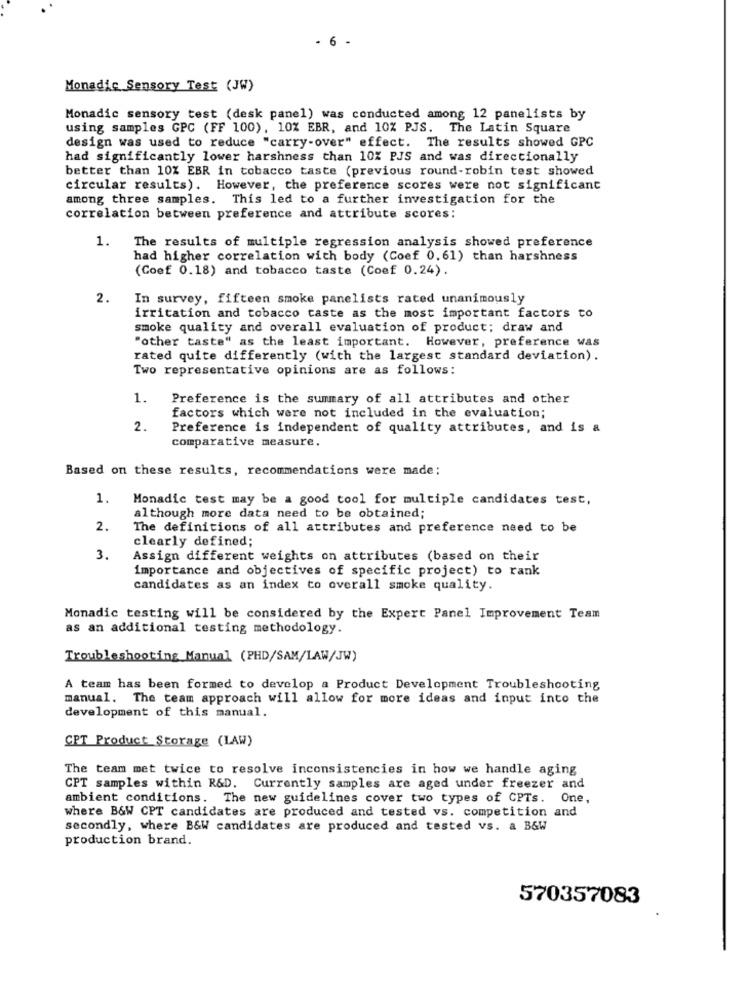
6
Monadic Sensory Test (JW)
Monadic sensory test (desk panel) was conducted among 12 panelists by
using samples GPC (FF 100), 10% EBR, and 10% PJS. The Latin Square
design was used to reduce "carry-over" effect. The results showed GPC
had significantly lower harshness than 10% PJS and was directionally
better than 10% EBR in tobacco taste (previous round-robin test showed
circular results). However, the preference scores were not significant
among three samples. This led to a further investigation for the
correlation between preference and attribute scores:
1.
The results of multiple regression analysis showed preference
had higher correlation with body (Coef 0.61) than harshness
(Coef 0.18) and tobacco taste (Coef 0.24).
2.
In survey, fifteen smoke panelists rated unanimously
irritation and tobacco caste as the most important factors to
smoke quality and overall evaluation of product; draw and
"other taste" as the least important. However, preference was
rated quite differently (with the largest standard deviation).
Two representative opinions are as follows:
1.
Preference is the summary of all attributes and other
factors which were not included in the evaluation;
2.
Preference is independent of quality attributes, and is a
comparative measure.
Based on these results, recommendations were made;
1.
Monadic test may be a good tool for multiple candidates test,
although more data need to be obtained;
2.
The definitions of all attributes and preference need to be
clearly defined;
3.
Assign different weights on attributes (based on their
importance and objectives of specific project) to rank
candidates as an index to overall smoke quality.
Monadic testing will be considered by the Expert Panel Improvement Team
as an additional testing methodology.
Troubleshooting Manual (PHD/SAM/LAW/JW)
A team has been formed to develop a Product Development Troubleshooting
manual. The team approach will allow for more ideas and input into the
development of this manual.
CPT Product_Storage (LAW)
The team met twice to resolve inconsistencies in how we handle aging
CPT samples within R&D. Currently samples are aged under freezer and
ambient conditions. The new guidelines cover two types of CPTs. One,
where B&W CPT candidates are produced and tested vs. competition and
secondly, where B&W candidates are produced and tested vs. a B&W
production brand.
570357083